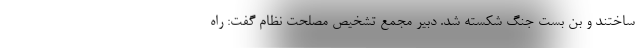
ساختند و بن بست جنگ شکسته شد. دبیر مجمع تشخیص مصلحت نظام گفت: راه